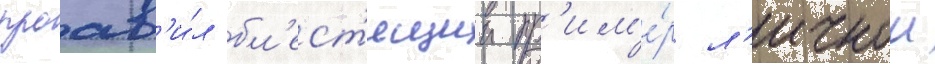
проав'и́л бл'ест'ящии пр'им'е́р л'ичнои